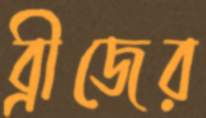
ব্রীজের